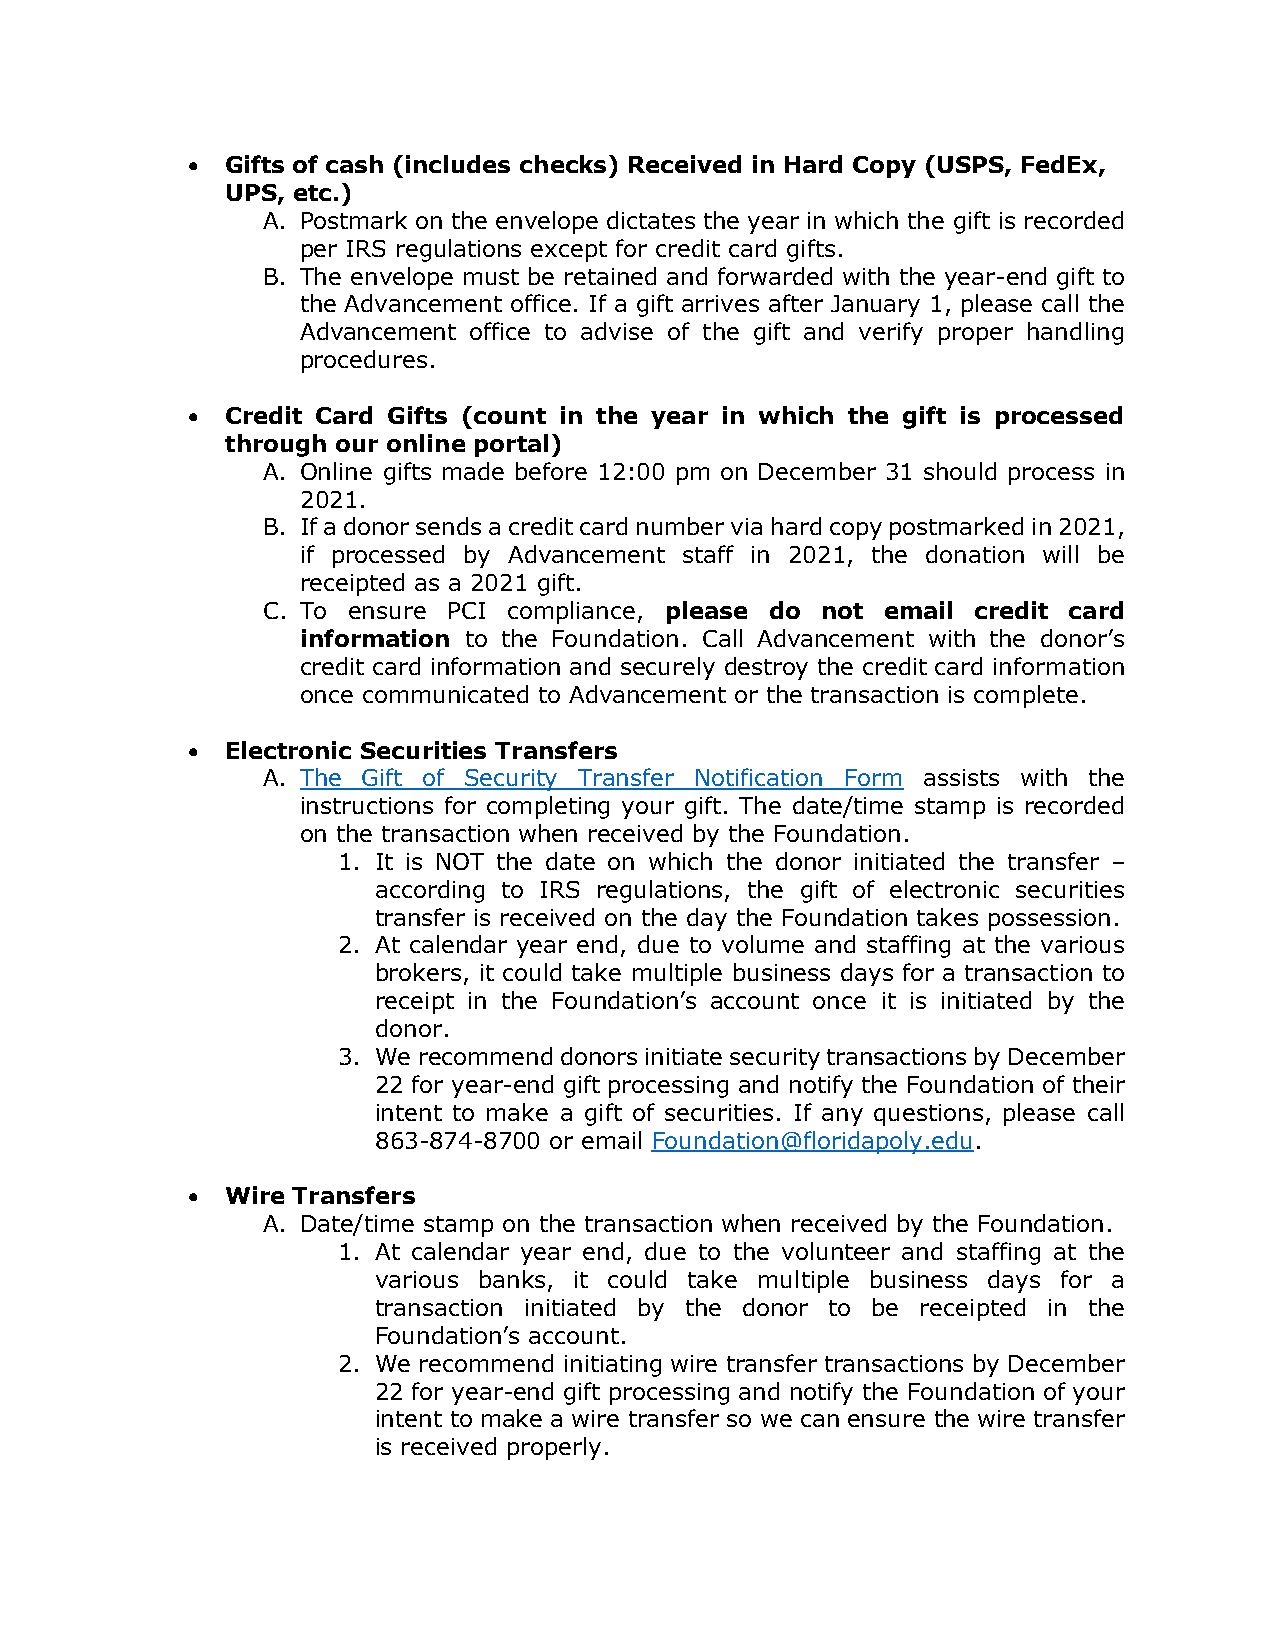
•  Gifts of cash (includes checks) Received in Hard Copy (USPS, FedEx,
 UPS, etc.)
 A. Postmark on the envelope dictates the year in which the gift is recorded
 per IRS regulations except for credit card gifts.
 B. The envelope must be retained and forwarded with the year-end gift to
 the Advancement office. If a gift arrives after January 1, please call the
 Advancement office to advise of the gift and verify proper handling
 procedures.
 •  Credit Card Gifts (count in the year in which the gift is processed
 through our online portal)
 A. Online gifts made before 12:00 pm on December 31 should process in
 2021.
 B. If a donor sends a credit card number via hard copy postmarked in 2021,
 if processed by Advancement staff in 2021, the donation will be
 receipted as a 2021 gift.
 C. To ensure PCI compliance, please do not email credit card
 information to the Foundation. Call Advancement with the donor’s
 credit card information and securely destroy the credit card information
 once communicated to Advancement or the transaction is complete.
 •  Electronic Securities Transfers
 A. The Gift of Security Transfer Notification Form assists with the
 instructions for completing your gift. The date/time stamp is recorded
 on the transaction when received by the Foundation.
 1. It is NOT the date on which the donor initiated the transfer –
 according to IRS regulations, the gift of electronic securities
 transfer is received on the day the Foundation takes possession.
 2. At calendar year end, due to volume and staffing at the various
 brokers, it could take multiple business days for a transaction to
 receipt in the Foundation’s account once it is initiated by the
 donor.
 3. We recommend donors initiate security transactions by December
 22 for year-end gift processing and notify the Foundation of their
 intent to make a gift of securities. If any questions, please call
 863-874-8700 or email Foundation@floridapoly.edu.
 •  Wire Transfers
 A. Date/time stamp on the transaction when received by the Foundation.
 1. At calendar year end, due to the volunteer and staffing at the
 various banks, it could take multiple business days for a
 transaction initiated by the donor to be receipted in the
 Foundation’s account.
 2. We recommend initiating wire transfer transactions by December
 22 for year-end gift processing and notify the Foundation of your
 intent to make a wire transfer so we can ensure the wire transfer
 is received properly.